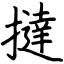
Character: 撻